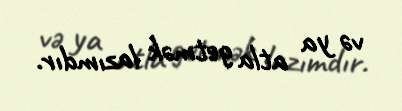
və ya atla getmək lazımdır.